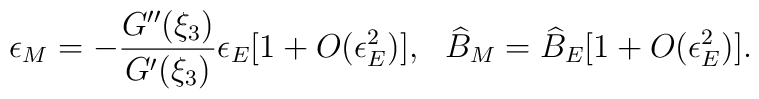
\epsilon_M = -\frac{G''(\xi_3) }{ G'(\xi_3)} \epsilon_E [1+O(\epsilon_E^2)], \ \  \widehat{B}_M = \widehat{B}_E [1+ O(\epsilon_E^2)].